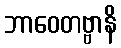
ဘာဝေတဗ္ဗာနိ